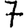
Digit: 7